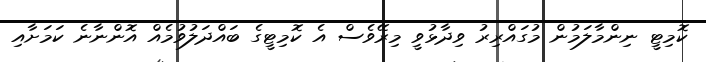
ކޮމިޓީ ނިންމާލަމުން މުގައްރިރު ވިދާޅުވީ މިރޭވެސް އެ ކޮމިޓީގެ ބައްދަލުވުމެއް އޮންނާނެ ކަމަށާއި